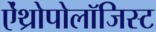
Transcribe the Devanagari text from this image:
ऐंथ्रोपोलॉजिस्ट